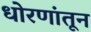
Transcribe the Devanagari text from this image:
धोरणांतून